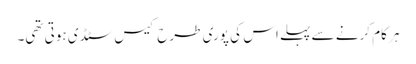
ہر کام کرنے سے پہلے اس کی پوری طرح کیس سٹڈی ہوتی تھی۔